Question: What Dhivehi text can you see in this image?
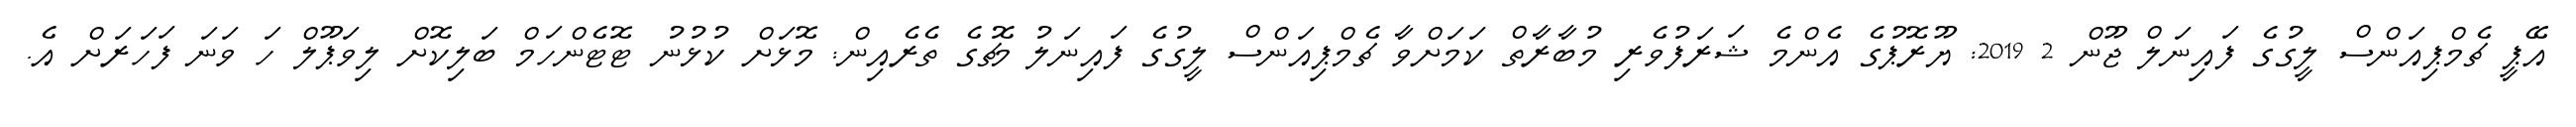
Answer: އޭޕީ ޗެމްޕިއަންސް ލީގުގެ ފައިނަލް ޖޫން 2 2019: ޔޫރޮޕުގެ އެންމެ ޝަރަފުވެރި މުބާރާތް ކަމަށްވާ ޗެމްޕިއަންސް ލީގުގެ ފައިނަލު މެޗުގެ ތެރެއިން: މޮޅަށް ކުޅުނު ޓޮޓެންހަމް ބަލިކޮށް ލިވަޕޫލް ހަ ވަނަ ފަހަރަށް އެ.